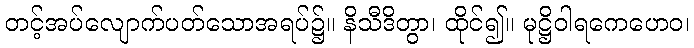
တင့်အပ်လျောက်ပတ်သောအရပ်၌။ နိသီဒိတွာ၊ ထိုင်၍။ မုဋ္ဌိဝါရကေဟေဝ၊